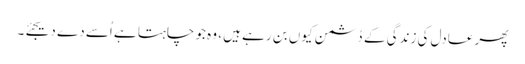
پھر عادل کی زندگی کے دُشمن کیوں بن رہے ہیں ، وہ جو چاہتا ہے اُسے دے دیجئے۔